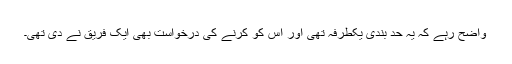
واضح رہے کہ یہ حد بندی یکطرفہ تھی اور اس کو کرنے کی درخواست بھی ایک فریق نے دی تھی۔